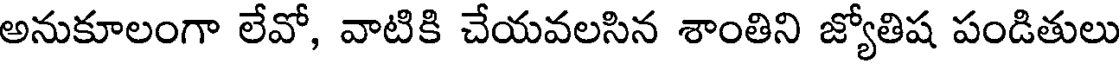
అనుకూలంగా లేవో, వాటికి చేయవలసిన శాంతిని జ్యోతిష పండితులు